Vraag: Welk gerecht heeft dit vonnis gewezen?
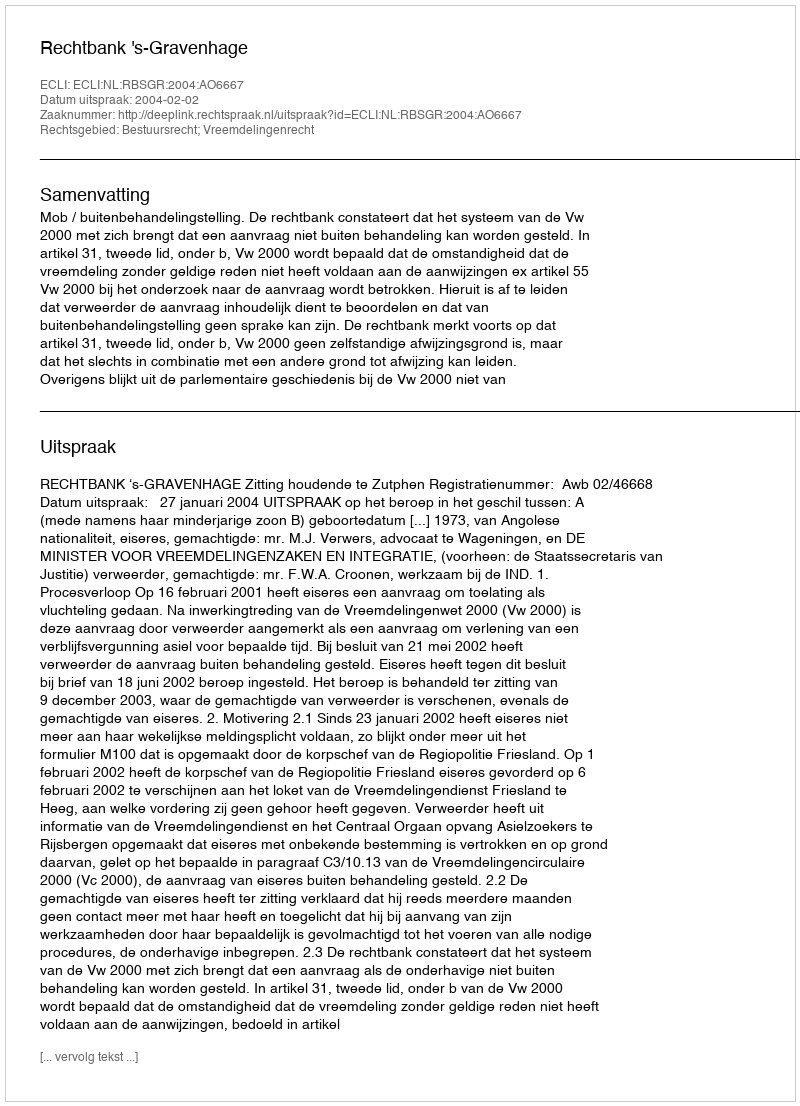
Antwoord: Rechtbank 's-Gravenhage